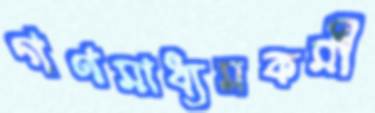
গণমাধ্যমকর্মী